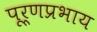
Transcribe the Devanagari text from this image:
पूर्णप्रभाय